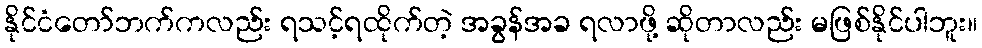
နိုင်ငံတော်ဘက်ကလည်း ရသင့်ရထိုက်တဲ့ အခွန်အခ ရလာဖို့ ဆိုတာလည်း မဖြစ်နိုင်ပါဘူး။